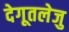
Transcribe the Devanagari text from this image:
देगूतलेजु